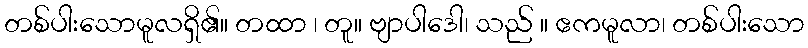
တစ်ပါးသောမူလရှိ၏။ တထာ ၊ တူ။ ဗျာပါဒေါ၊ သည် ။ ဧကမူလာ၊ တစ်ပါးသော